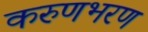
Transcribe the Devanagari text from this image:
करुणभरण